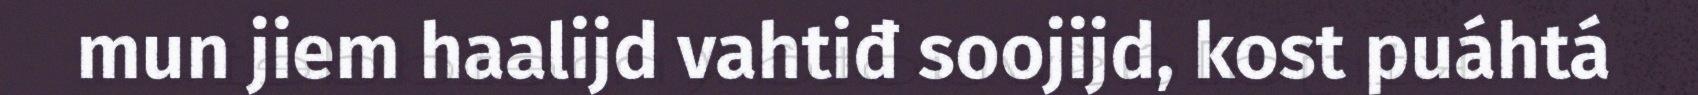
mun jiem haalijd vahtiđ soojijd, kost puáhtá